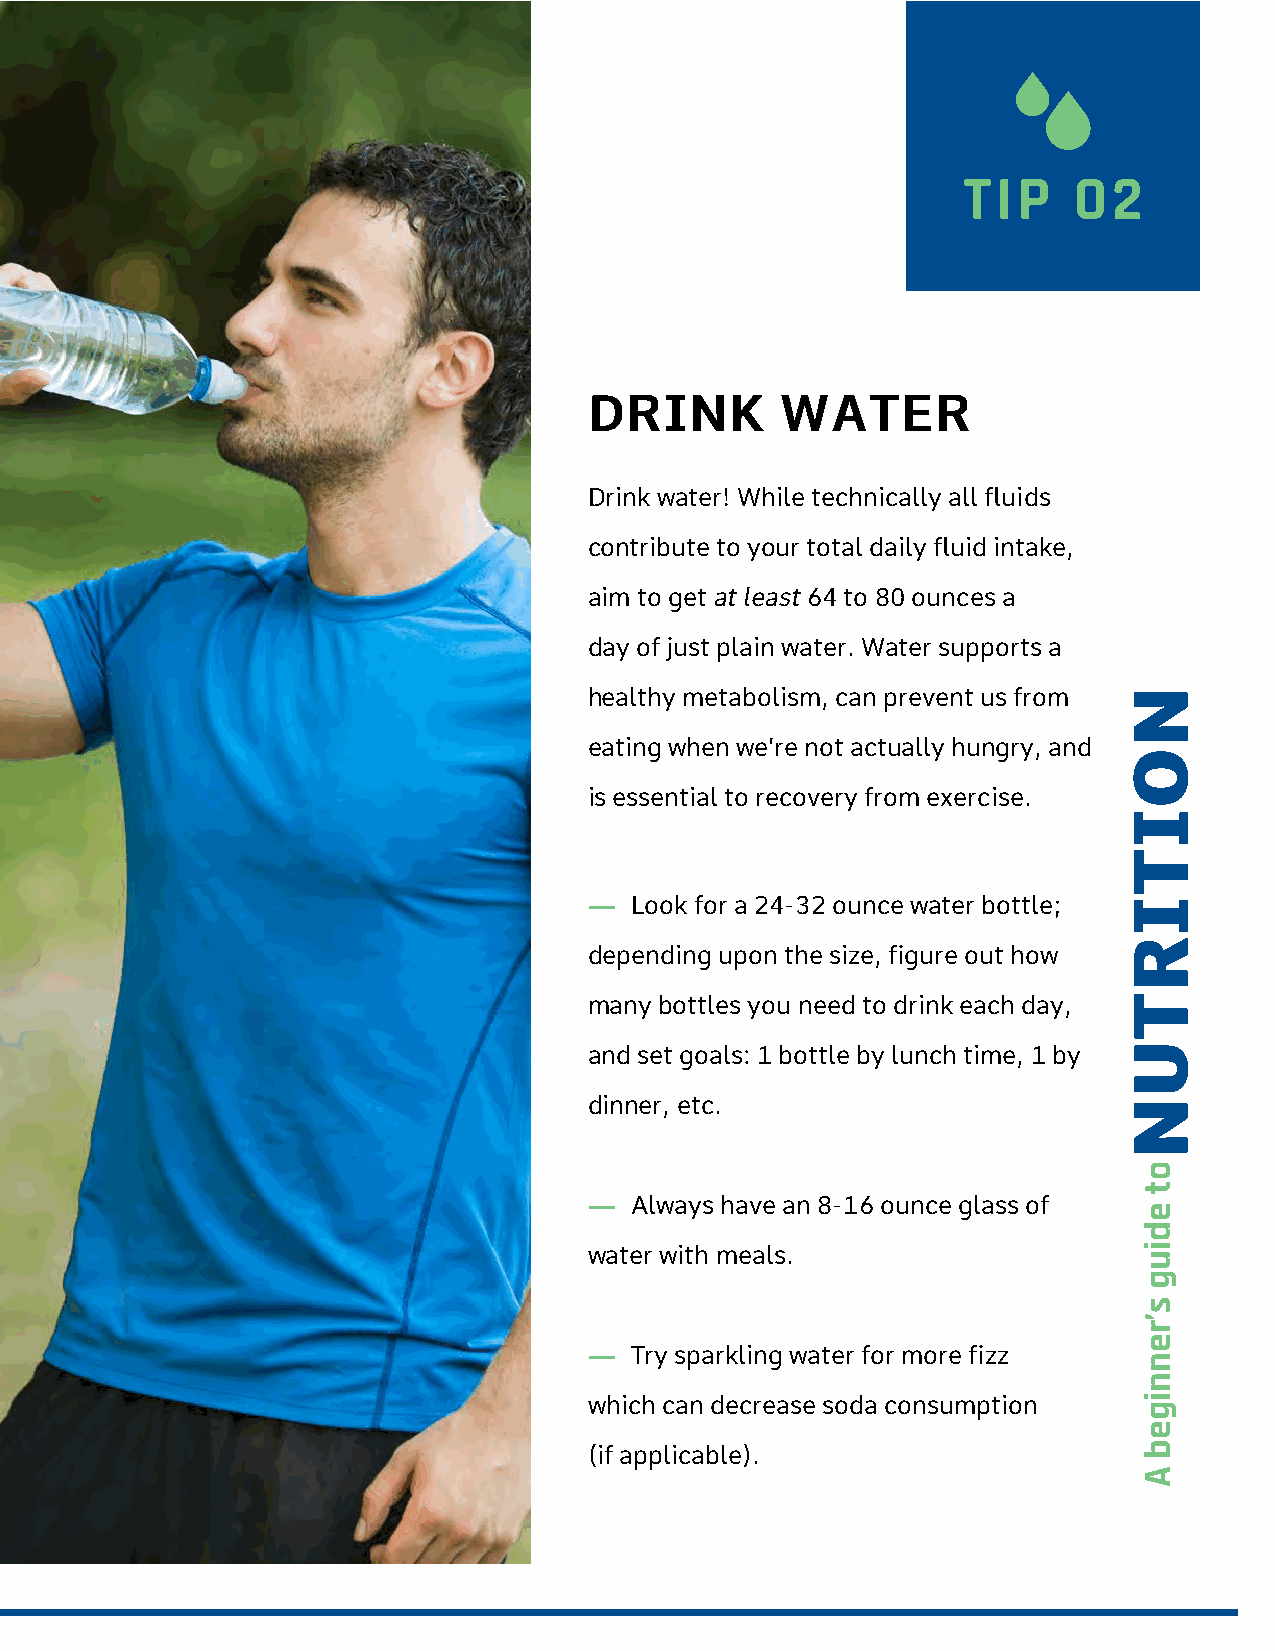
TIP    02
 DRINK        WATER
 Drink water! While technically all fluids
 contribute to your total daily fluid intake,
 aim to get at least 64 to 80 ounces a
 day of just plain water. Water supports a
 healthy metabolism, can prevent us from
 eating when we’re not actually hungry, and
 is essential to recovery from exercise.
 —  Look for a 24-32 ounce water bottle;
 depending upon the size, figure out how
 many bottles you need to drink each day,
 and set goals: 1 bottle by lunch time, 1 by
 dinner, etc.
 —  Always have an 8-16 ounce glass of
 water with meals.
 —  Try sparkling water for more fizz
 which can decrease soda consumption
 (if applicable).
 NOITIRTUN
 ot
 ediug
 s’rennigeb
 A